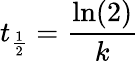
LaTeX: t_{\frac{1}{2}}={\frac{\ln(2)}{k}}